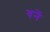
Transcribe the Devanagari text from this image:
वनें